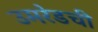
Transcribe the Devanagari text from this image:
उमरेडची